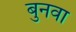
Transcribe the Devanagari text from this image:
बुनवा